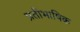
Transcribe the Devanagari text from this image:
प्रतीभाषिक